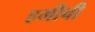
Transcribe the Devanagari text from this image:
हमीची